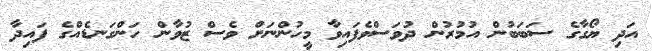
އަދި ޔޯގާގެ ސަބަބުން އުމުރުން ދުވަސްވެފައިވާ މީހުންނަށް ވެސް ޒުވާން ހަންގަނޑެއްގެ ފައިދާ